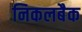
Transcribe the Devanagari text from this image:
निकलबैक